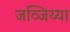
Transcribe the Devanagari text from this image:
जव्जिय्या